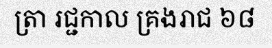
ត្រា រជ្ជកាល គ្រងរាជ ៦៨